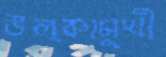
উল্কামুখী